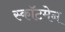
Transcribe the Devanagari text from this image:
स्कॉटमेन